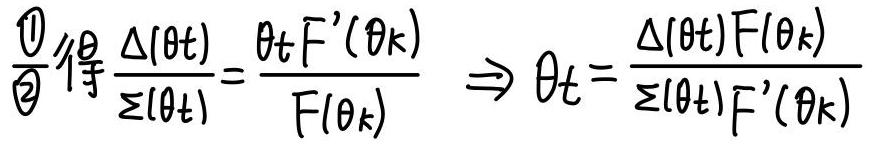
$\frac{\textcircled{1}}{\textcircled{2}}\text{得}\frac{\Delta(\theta t)}{\Sigma(\theta t)}=\frac{\theta t F'(\theta k)}{F(\theta k)} \Rightarrow \theta t=\frac{\Delta(\theta t) F(\theta k)}{\Sigma(\theta t) F'(\theta k)}$